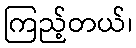
ကြည့်တယ်၊